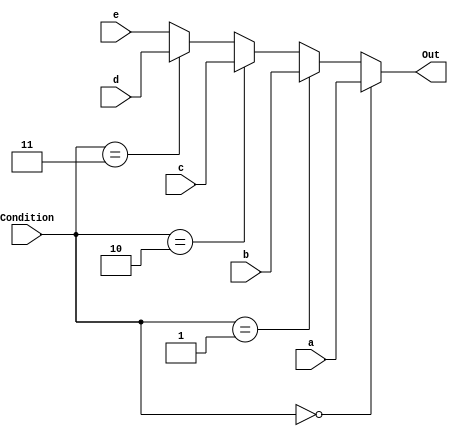
module MUX532
#(parameter addrsize = 32)
(a,b,c,d,e,Condition,Out);
	input [addrsize-1:0] a,b,c,d,e;
	input [2:0]Condition;
	output [addrsize-1:0]Out;
	assign Out = (Condition == 3'b000) ? a:(Condition == 3'b001)? b: (Condition == 3'b010)? c: (Condition == 3'b011)? d:e;
endmodule